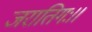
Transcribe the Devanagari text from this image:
जरातिगः।।